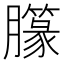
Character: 𱼣